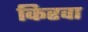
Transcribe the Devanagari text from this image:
किरवा